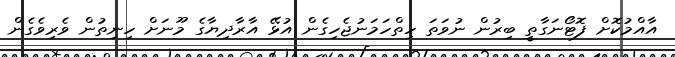
އާއްމުކޮށް ފޮޓޯނަގާތީ ބިރުން ނުވަތަ ހިތްހަމަނުޖެހިގެން އުޅޭ އާރާދިޔާގެ މޫނަށް ހިނިތުން ވެރިވެގެން